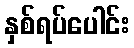
နှစ်ရပ်ပေါင်း